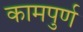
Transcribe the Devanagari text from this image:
कामपुर्ण